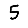
Digit: 5